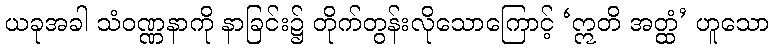
ယခုအခါ သံဝဏ္ဏနာကို နာခြင်း၌ တိုက်တွန်းလိုသောကြောင့် ‘ဣတိ အတ္ထံ’ ဟူသော